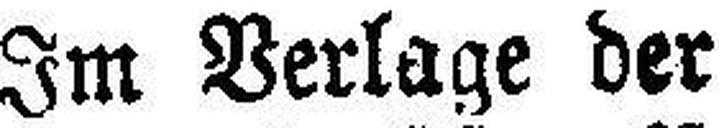
Im Verlage der